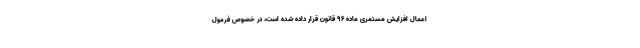
اعمال افزایش مستمری ماده 96 قانون قرار داده شده است، در خصوص فرمول